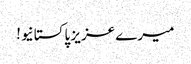
میرے عزیز پاکستانیو!